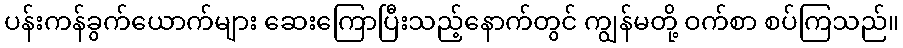
ပန်းကန်ခွက်ယောက်များ ဆေးကြောပြီးသည့်နောက်တွင် ကျွန်မတို့ ဝက်စာ စပ်ကြသည်။